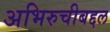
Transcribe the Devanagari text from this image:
अभिरुचीबद्दल